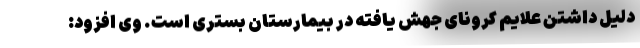
دلیل داشتن علایم کرونای جهش یافته در بیمارستان بستری است. وی افزود: